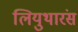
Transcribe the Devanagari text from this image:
लियुथारंस